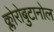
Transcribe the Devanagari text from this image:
क्लोरोबुटानोल